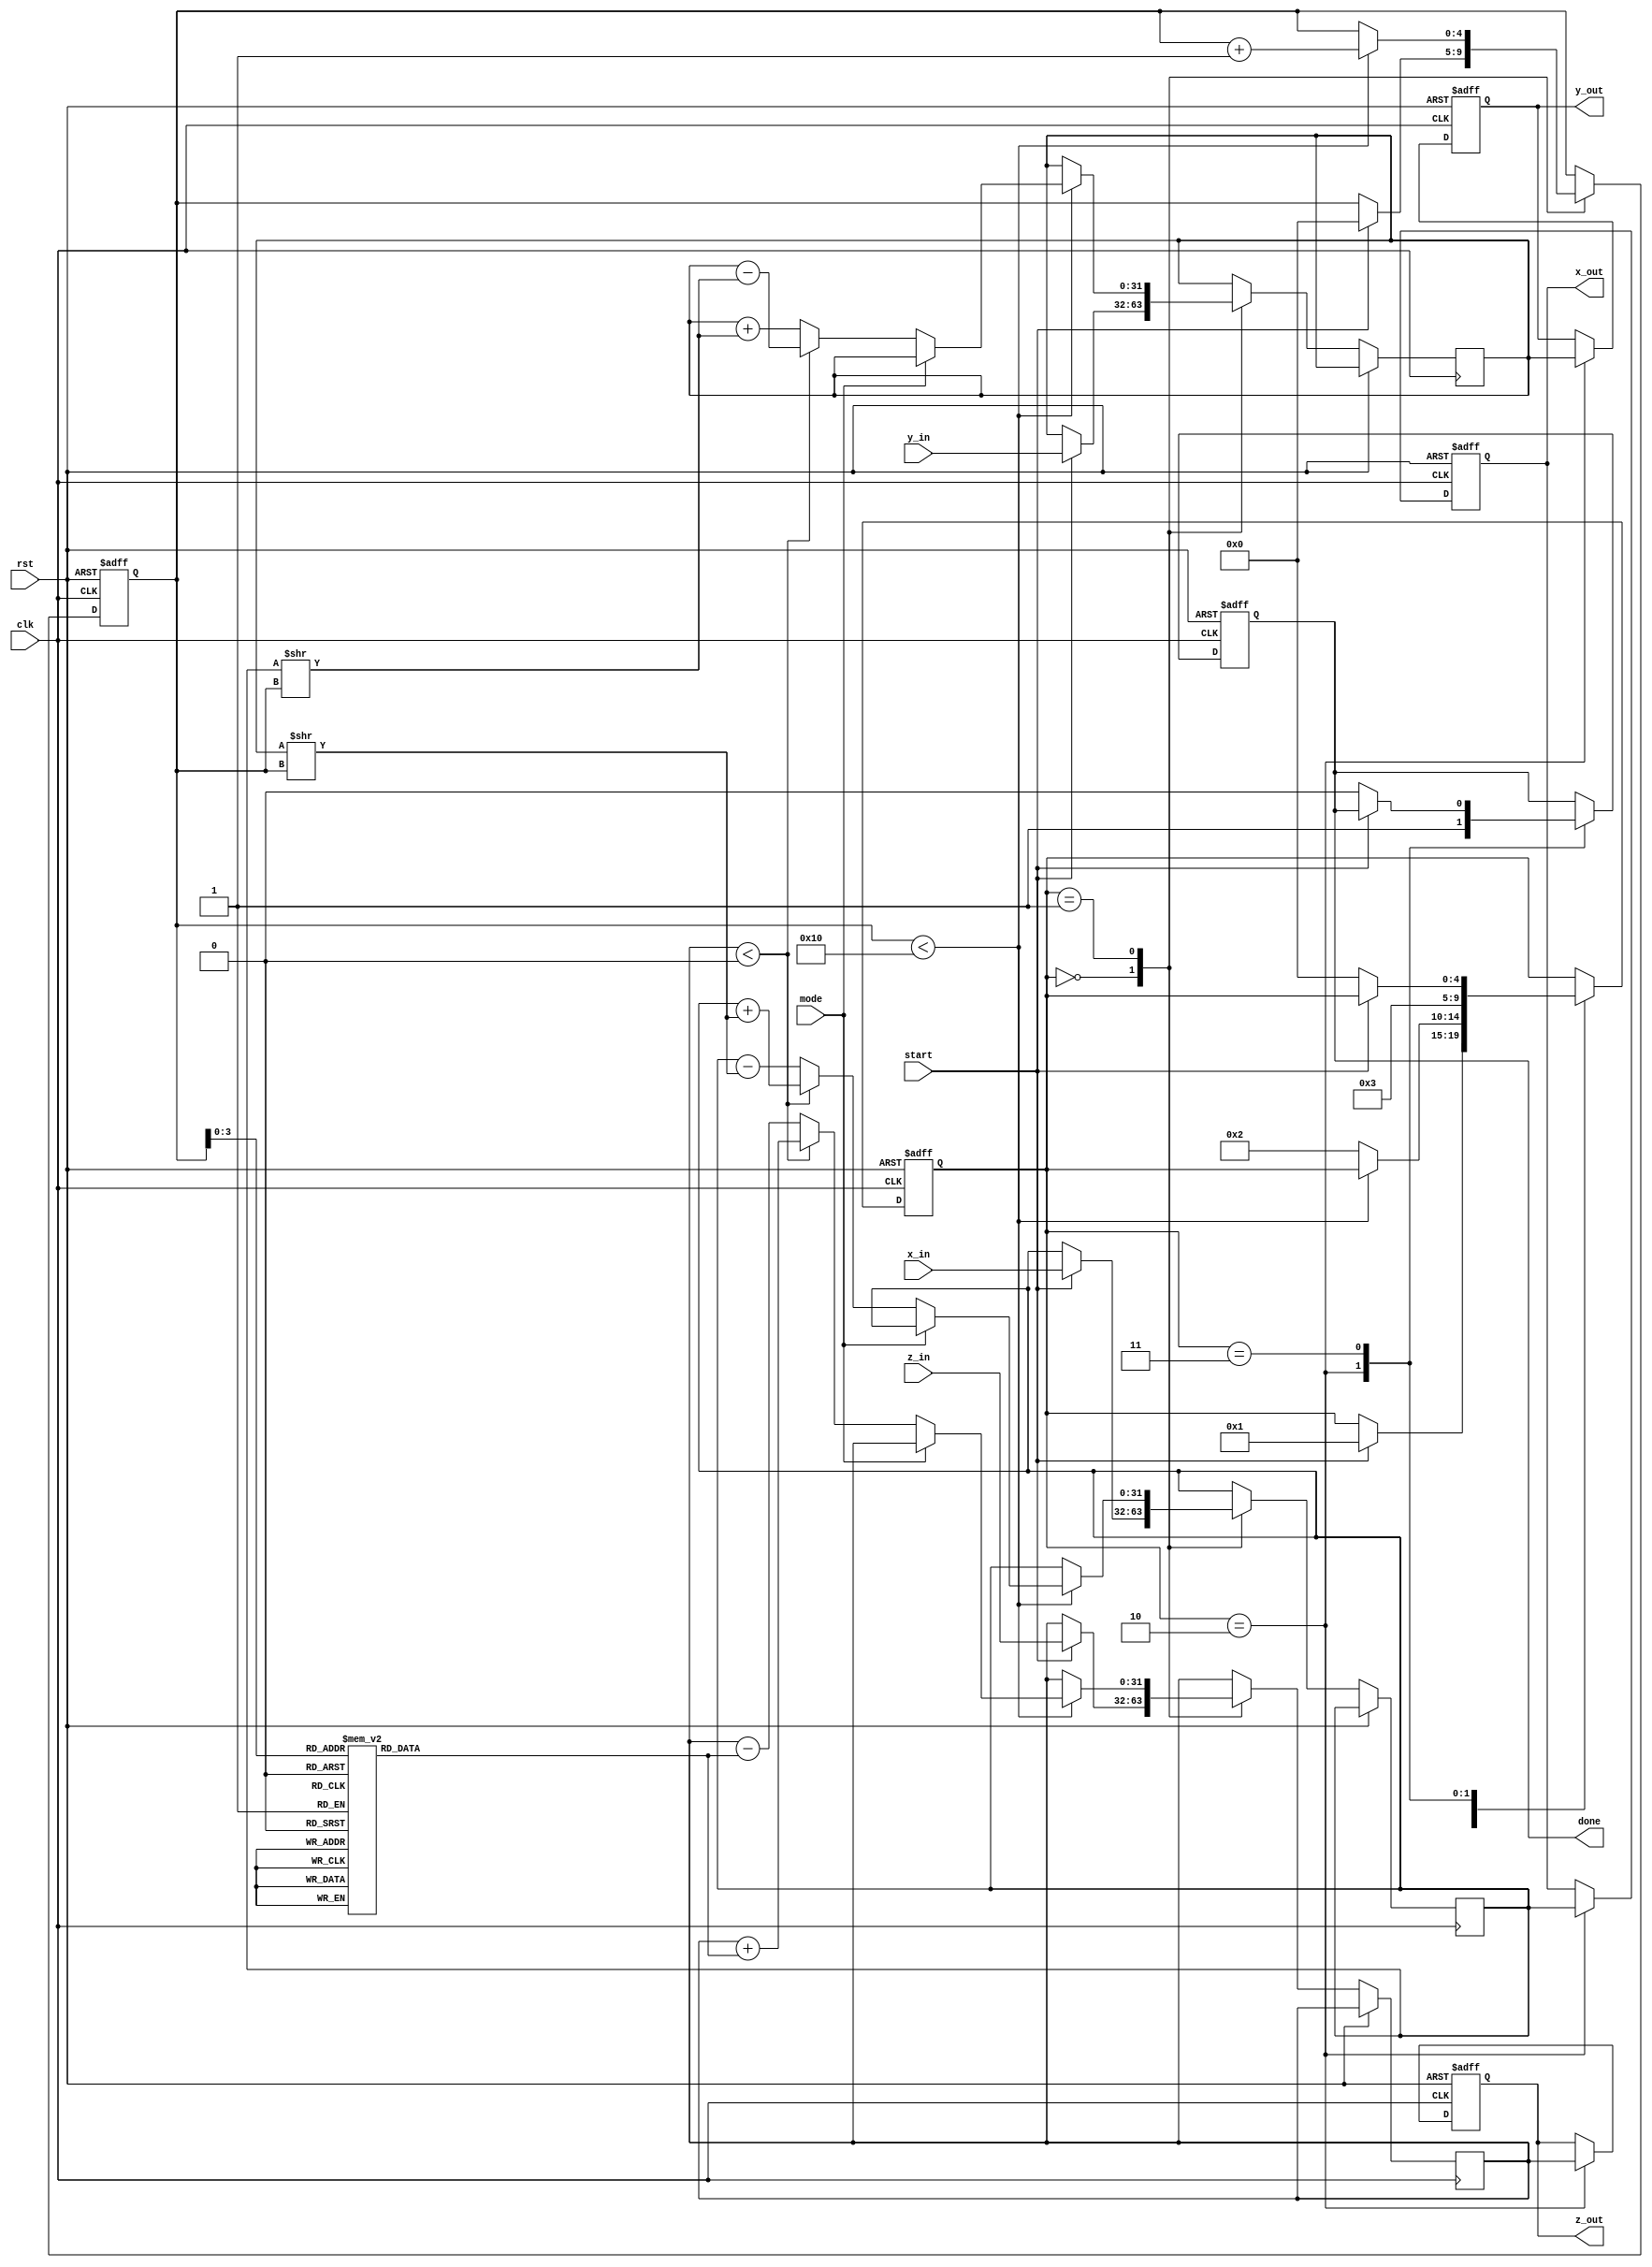
module cordic_fp (
    input wire clk,
    input wire rst,
    input wire [31:0] x_in,       // Input floating-point x (IEEE 754)
    input wire [31:0] y_in,       // Input floating-point y (IEEE 754)
    input wire [31:0] z_in,       // Input floating-point z (IEEE 754 angle in radians)
    input wire mode,              // Mode: 0 for rotation, 1 for vectoring
    input wire start,             // Start signal
    output reg [31:0] x_out,      // Output floating-point x
    output reg [31:0] y_out,      // Output floating-point y
    output reg [31:0] z_out,      // Output floating-point z
    output reg done               // Done signal
);

    // Internal parameters
    parameter NUM_ITERATIONS = 16; // Number of CORDIC iterations
    reg [31:0] x_fixed, y_fixed;    // Fixed-point representations
    reg [31:0] z_fixed;              // Fixed-point angle
    reg [4:0] state;                 // State for FSM
    reg [4:0] iter;                  // Iteration counter
    reg [31:0] angle_table [0:NUM_ITERATIONS-1]; // Lookup table for arctangent values

    // Initialize angle table (arctan(2^-i) in fixed-point)
    initial begin
        angle_table[0] = 32'h20000000; // atan(1) = 0.785398163 (in fixed-point)
        angle_table[1] = 32'h16666666; // atan(0.5) = 0.463647609
        angle_table[2] = 32'h0D888888; // atan(0.25) = 0.244978663
        // ... Fill in remaining values for other iterations
    end

    // State machine for CORDIC processing
    always @(posedge clk or posedge rst) begin
        if (rst) begin
            state <= 0;
            iter <= 0;
            done <= 0;
            x_out <= 0;
            y_out <= 0;
            z_out <= 0;
        end else begin
            case (state)
                0: begin // Initialization
                    if (start) begin
                        x_fixed <= x_in; // Convert to fixed-point
                        y_fixed <= y_in; // Convert to fixed-point
                        z_fixed <= z_in; // Convert to fixed-point
                        iter <= 0;
                        state <= 1;
                    end
                end
                1: begin // CORDIC Iterations
                    if (iter < NUM_ITERATIONS) begin
                        if (mode == 0) begin // Rotation mode
                            if (z_fixed < 0) begin
                                x_fixed <= x_fixed + (y_fixed >> iter);
                                y_fixed <= y_fixed - (x_fixed >> iter);
                                z_fixed <= z_fixed + angle_table[iter];
                            end else begin
                                x_fixed <= x_fixed - (y_fixed >> iter);
                                y_fixed <= y_fixed + (x_fixed >> iter);
                                z_fixed <= z_fixed - angle_table[iter];
                            end
                        end else begin // Vectoring mode
                            // Similar logic for vectoring mode
                        end
                        iter <= iter + 1;
                    end else begin
                        state <= 2; // Move to normalization
                    end
                end
                2: begin // Normalization and output
                    // Normalize results to floating-point
                    x_out <= x_fixed; // Convert back to floating-point
                    y_out <= y_fixed; // Convert back to floating-point
                    z_out <= z_fixed; // Convert back to floating-point
                    done <= 1;
                    state <= 3; // Move to done state
                end
                3: begin
                    // Wait for reset or new start signal
                    if (!start) begin
                        state <= 0; // Reset state
                        done <= 0;
                    end
                end
            endcase
        end
    end
endmodule